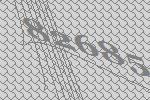
82685